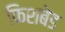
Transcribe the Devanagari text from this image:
फिशबेड